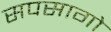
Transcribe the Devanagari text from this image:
सपसागो